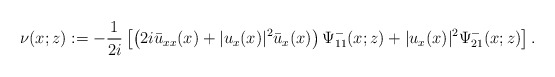
\begin{align*}\nu(x ;z):=-\frac{1}{2i}\left[\left(2 i \bar{u}_{xx}(x)+|u_x(x)|^2 \bar{u}_x(x)\right)\Psi^-_{11}(x;z)+|u_x(x)|^2 \Psi^-_{21}(x ; z)\right].\end{align*}